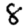
Digit: 8